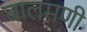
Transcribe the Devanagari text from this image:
बालमणी